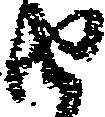
由